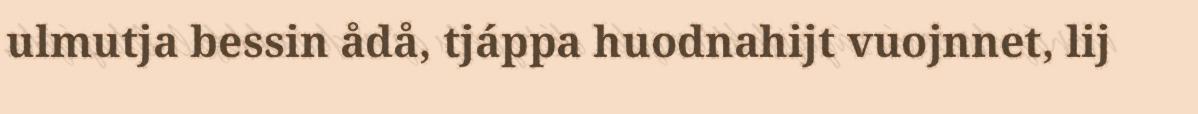
ulmutja bessin ådå, tjáppa huodnahijt vuojnnet, lij